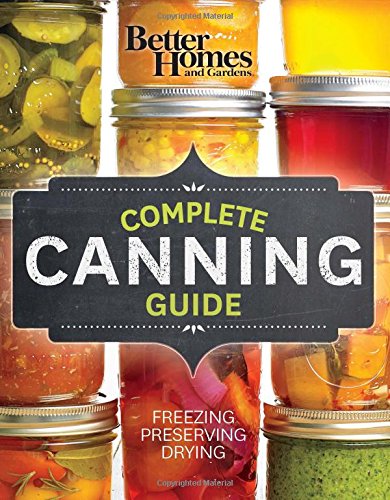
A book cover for Better Homes and Gardens Complete Canning Guide: Freezing, Preserving, Drying (Better Homes and Gardens Cooking); Better Homes and Gardens; Cookbooks, Food & Wine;